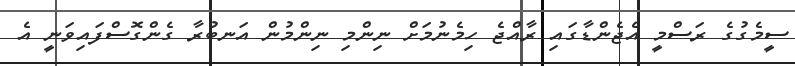
ސީމެގުގެ ރަސްމީ އެޖެންޑާގައި ރާއްޖެ ހިމެނުމަށް ނިންމި ނިންމުން އަނބުރާ ގެންގޮސްފައިވަނީ އެ